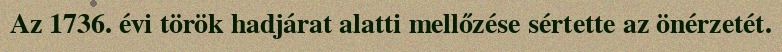
Az 1736. évi török hadjárat alatti mellőzése sértette az önérzetét.